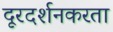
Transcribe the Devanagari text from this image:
दूरदर्शनकरता